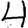
Digit: 4